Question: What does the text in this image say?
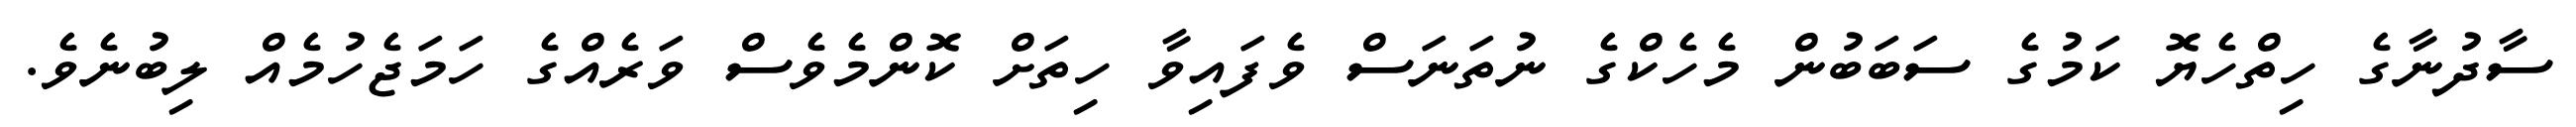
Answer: ސާދުނާގެ ހިތްހެޔޮ ކަމުގެ ސަބަބުން މެހެކްގެ ނުތަނަސް ވެފައިވާ ހިތަށް ކޮންމެވެސް ވަރެއްގެ ހަމަޖެހުމެއް ލިބުނެވެ.